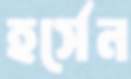
হর্সেন